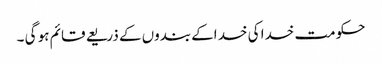
حکومت خدا کی خد اکے بندوں کے ذریعے قائم ہو گی ۔